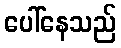
ပေါ်နေသည်